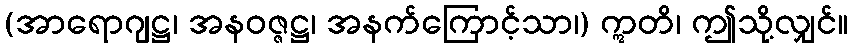
(အာရောဂျဋ္ဌ၊ အနဝဇ္ဇဋ္ဌ၊ အနက်ကြောင့်သာ၊) ဣတိ၊ ဤသို့လျှင်။